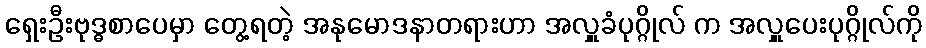
ရှေးဦးဗုဒ္ဓစာပေမှာ တွေ့ရတဲ့ အနုမောဒနာတရားဟာ အလှူခံပုဂ္ဂိုလ် က အလှူပေးပုဂ္ဂိုလ်ကို